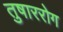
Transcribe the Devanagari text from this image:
तुषाररोग